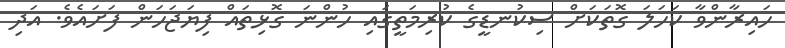
ހައިރާންވާ ކަހަލަ ގޮތަކަށް ސިކުނޑީގެ ކުރިމަތީގައި ހުންނަ ގޮޅިތައް ފިޔަޖަހަން ފަށައެވެ. އަދި